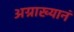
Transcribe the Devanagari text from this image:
अग्राख्यानं